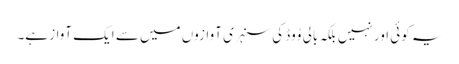
یہ کوئی اور نہیں بلکہ بالی وُوڈ کی سنہری آوازوں میں سے ایک آواز ہے۔